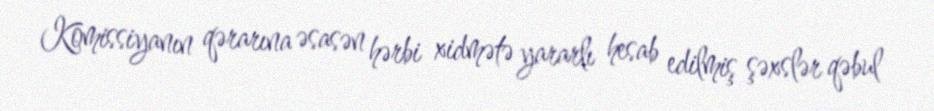
Komissiyanın qərarına əsasən hərbi xidmətə yararlı hesab edilmiş şəxslər qəbul